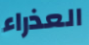
العذراء